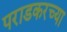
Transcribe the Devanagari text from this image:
पराडकरच्या